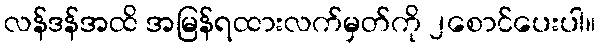
လန်ဒန်အထိ အမြန်ရထားလက်မှတ်ကို ၂စောင်ပေးပါ။